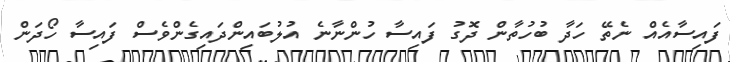
ފައިސާއެއް ނެތޭ ހަދާ ބުހުތާން ދޮގު ފައިސާ ހުންނާނެ އުލުބައިންދައިގެންވެސް ފައިސާ ހޯދަން